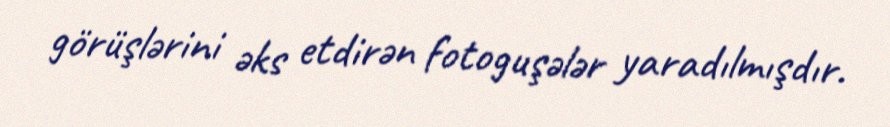
görüşlərini əks etdirən fotoguşələr yaradılmışdır.